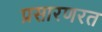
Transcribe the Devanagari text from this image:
प्रसारणरत